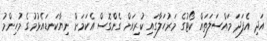
އަދި އެފަދަ މައްސަލަތައް ކޯޓުގެ މަރުހަލާގައި ކުރިއަށް ގެންގޮސް އެކަމަށް ނިޔާކަނޑައެޅުމުގެ މުހިންމު